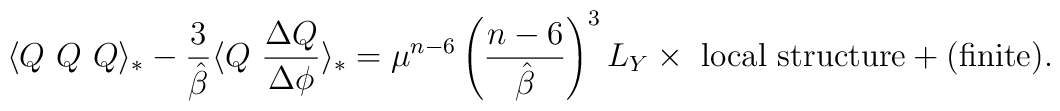
\langle Q~Q~Q\rangle_* -\frac{3}{\hat{\beta}}\langle Q~\frac{\Delta Q}{\Delta\phi }\rangle_* =\mu ^{n-6}\left( \frac{n-6}{\hat{\beta}}\right)^{3}L_{Y}\times \ {\rm local\ structure}+({\rm finite}) .